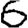
Digit: 6